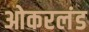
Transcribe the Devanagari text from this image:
ओकरलंड